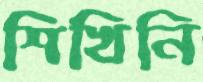
শিখিনি